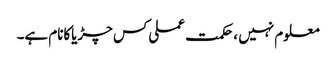
معلوم نہیں ،حکمت عملی کس چڑیاکانام ہے۔